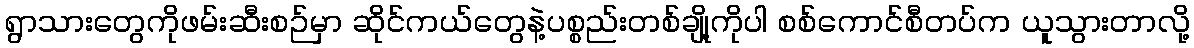
ရွာသားတွေကိုဖမ်းဆီးစဉ်မှာ ဆိုင်ကယ်တွေနဲ့ပစ္စည်းတစ်ချို့ကိုပါ စစ်ကောင်စီတပ်က ယူသွားတာလို့